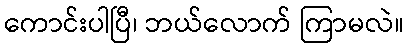
ကောင်းပါပြီ၊ ဘယ်လောက် ကြာမလဲ။